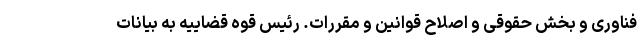
فناوری و بخش حقوقی و اصلاح قوانین و مقررات. رئیس قوه قضاییه به بیانات